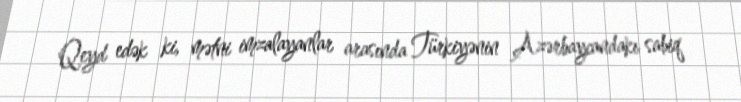
Qeyd edək ki, mətni imzalayanlar arasında Türkiyənin Azərbaycandakı sabiq